Vaccine operations Central Provinces & Berar 1922-1929 - 1922-1929
Year: 1922
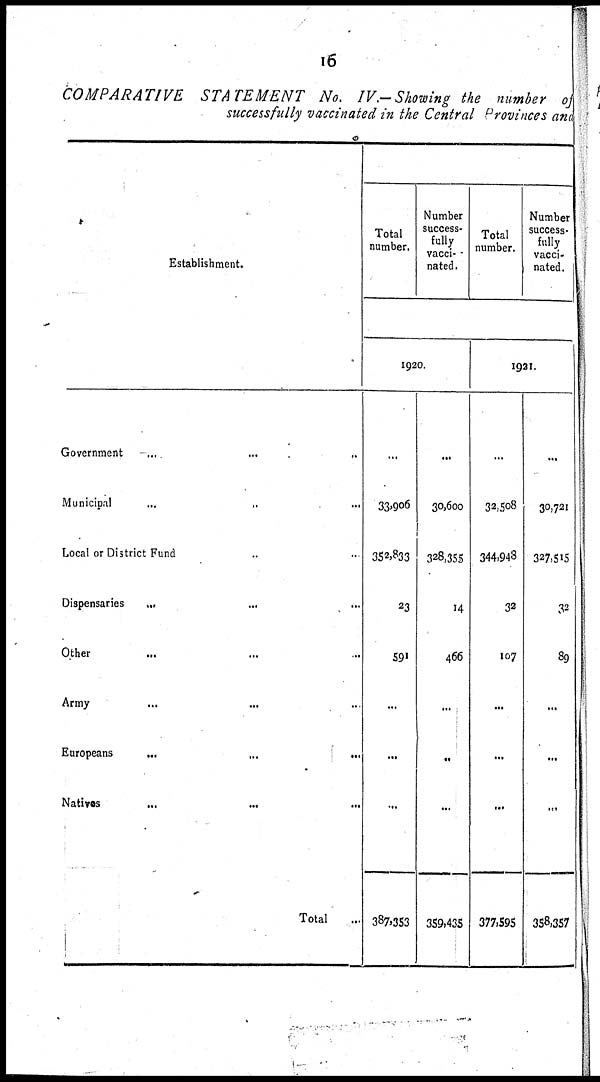
16
COMPARATIVE
STATEMENT
No. IV.—Showing the number of
successfully vaccinated in the Central Provinces and
Establishment.
Government... ... ...
Municipal... ... ...
Local or District Fund... ... ...
Dispensaries... ...
Other... ...
Army... ...
Europeans...
...
...
Natives...
...
...
Total...
Total
number.
Number
success-
fully
vacci-
nated.
Total
number.
Number
success¬
fully
vacci-
nated.
1920.
...
33,906
352,833
23
591
...
...
...
387,353
...
30,600
328,355
14
466
...
..
...
359,435
1921.
...
32,508
344,948
32
107
...
...
...
377,595
...
30,721
327,515
32
89
...
...
...
358,357